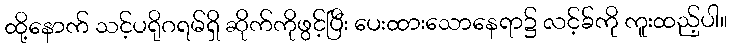
ထို့နောက် သင့်ပရိုဂရမ်ရှိ ဆိုက်ကိုဖွင့်ပြီး ပေးထားသောနေရာ၌ လင့်ခ်ကို ကူးထည့်ပါ။